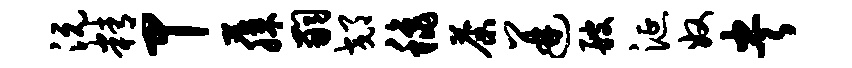
沅精甲藤嗣郊秋荼迸艘涎奴央